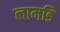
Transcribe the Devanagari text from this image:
लामडि